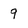
Character: 9